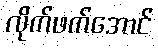
လိုက်ဖက်အောင်